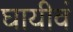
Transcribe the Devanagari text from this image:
घायीवं